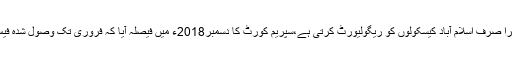
چیئر مین پیرانے کہاکہ پیرا صرف اسلام آباد کیسکولوں کو ریگولیورٹ کرتی ہے،سپریم کورٹ کا دسمبر2018ء میں فیصلہ آیا کہ فروری تک وصول شدہ فیس کا50فیصد واپس کریں۔